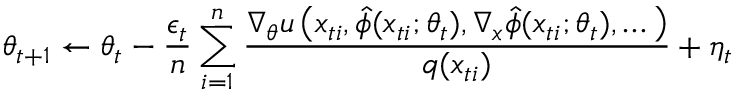
\theta _ { t + 1 } \leftarrow \theta _ { t } - \frac { \epsilon _ { t } } { n } \sum _ { i = 1 } ^ { n } \frac { \nabla _ { \theta } u \left( x _ { t i } , \hat { \phi } ( x _ { t i } ; \theta _ { t } ) , \nabla _ { x } \hat { \phi } ( x _ { t i } ; \theta _ { t } ) , \dots \right) } { q ( x _ { t i } ) } + \eta _ { t }